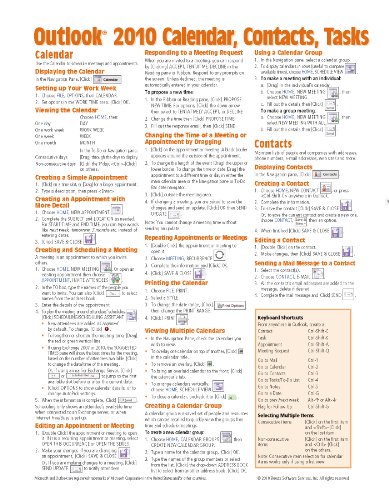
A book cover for Microsoft Outlook 2010 Calendar, Contacts, Tasks Quick Reference Guide (Cheat Sheet of Instructions, Tips & Shortcuts - Laminated Card); Beezix Inc; Computers & Technology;